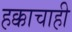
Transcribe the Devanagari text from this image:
हक्काचाही